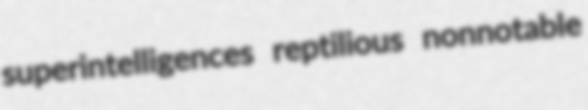
superintelligences reptilious nonnotable